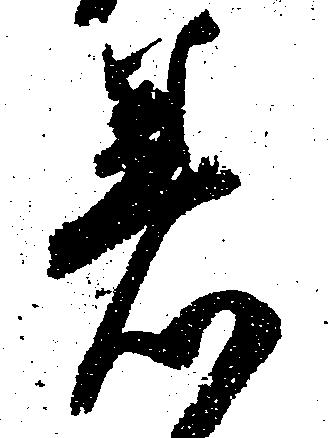
着